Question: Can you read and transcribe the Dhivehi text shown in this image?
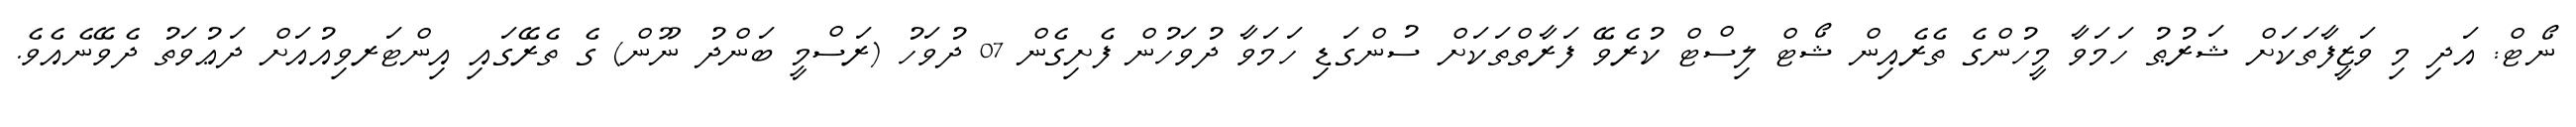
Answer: ނޯޓް: އަދި މި ވަޒީފާތަކަށް ޝަރުޠު ހަމަވާ މީހުންގެ ތެރެއިން ޝޯޓް ލިސްޓް ކުރެވޭ ފަރާތްތަކަށް ސުންގަޑި ހަމަވާ ދުވަހުން ފެށިގެން 07 ދުވަހު (ރަސްމީ ބަންދު ނޫން) ގެ ތެރޭގައި އިންޓަރވިއުއަށް ދަޢުވަތު ދެވޭނެއެވެ.